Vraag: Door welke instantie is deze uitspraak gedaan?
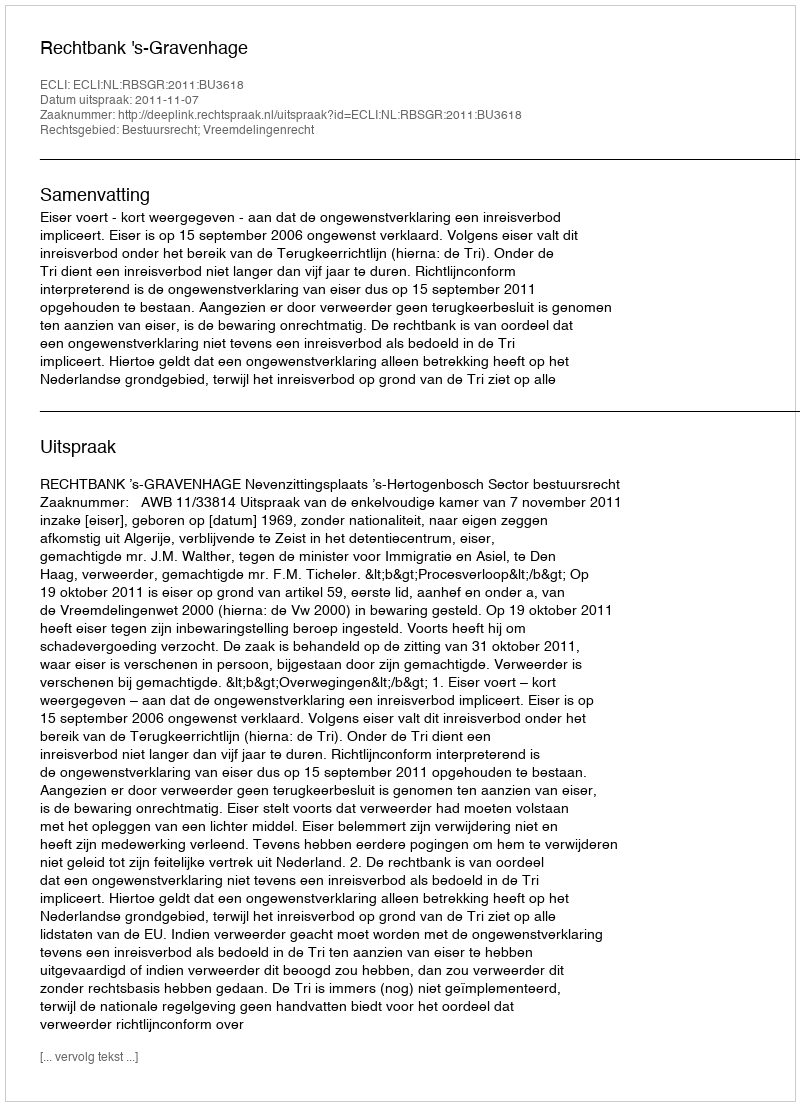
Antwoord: Rechtbank 's-Gravenhage